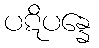
ပဋိပန္နေ